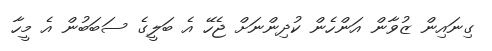
ގިނައިން ޒުވާން އަންހެން ކުދިންނަށް ޖެހޭ އެ ބަލީގެ ސަބަބުން އެ މީހާ